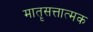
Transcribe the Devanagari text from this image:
मात़ृसत्तात्मक